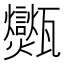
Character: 𤮶